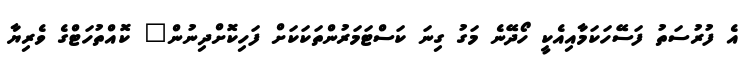
އެ ފުރުސަތު ފަސޭހަކަމާއިއެކީ ހޯދޭނެ މަގު ގިނަ ކަސްޓަމަރުންތަކަކަށް ފަހިކޮށްދިނުން" ކޮއްތުހަޓްގެ ވެރިޔާ